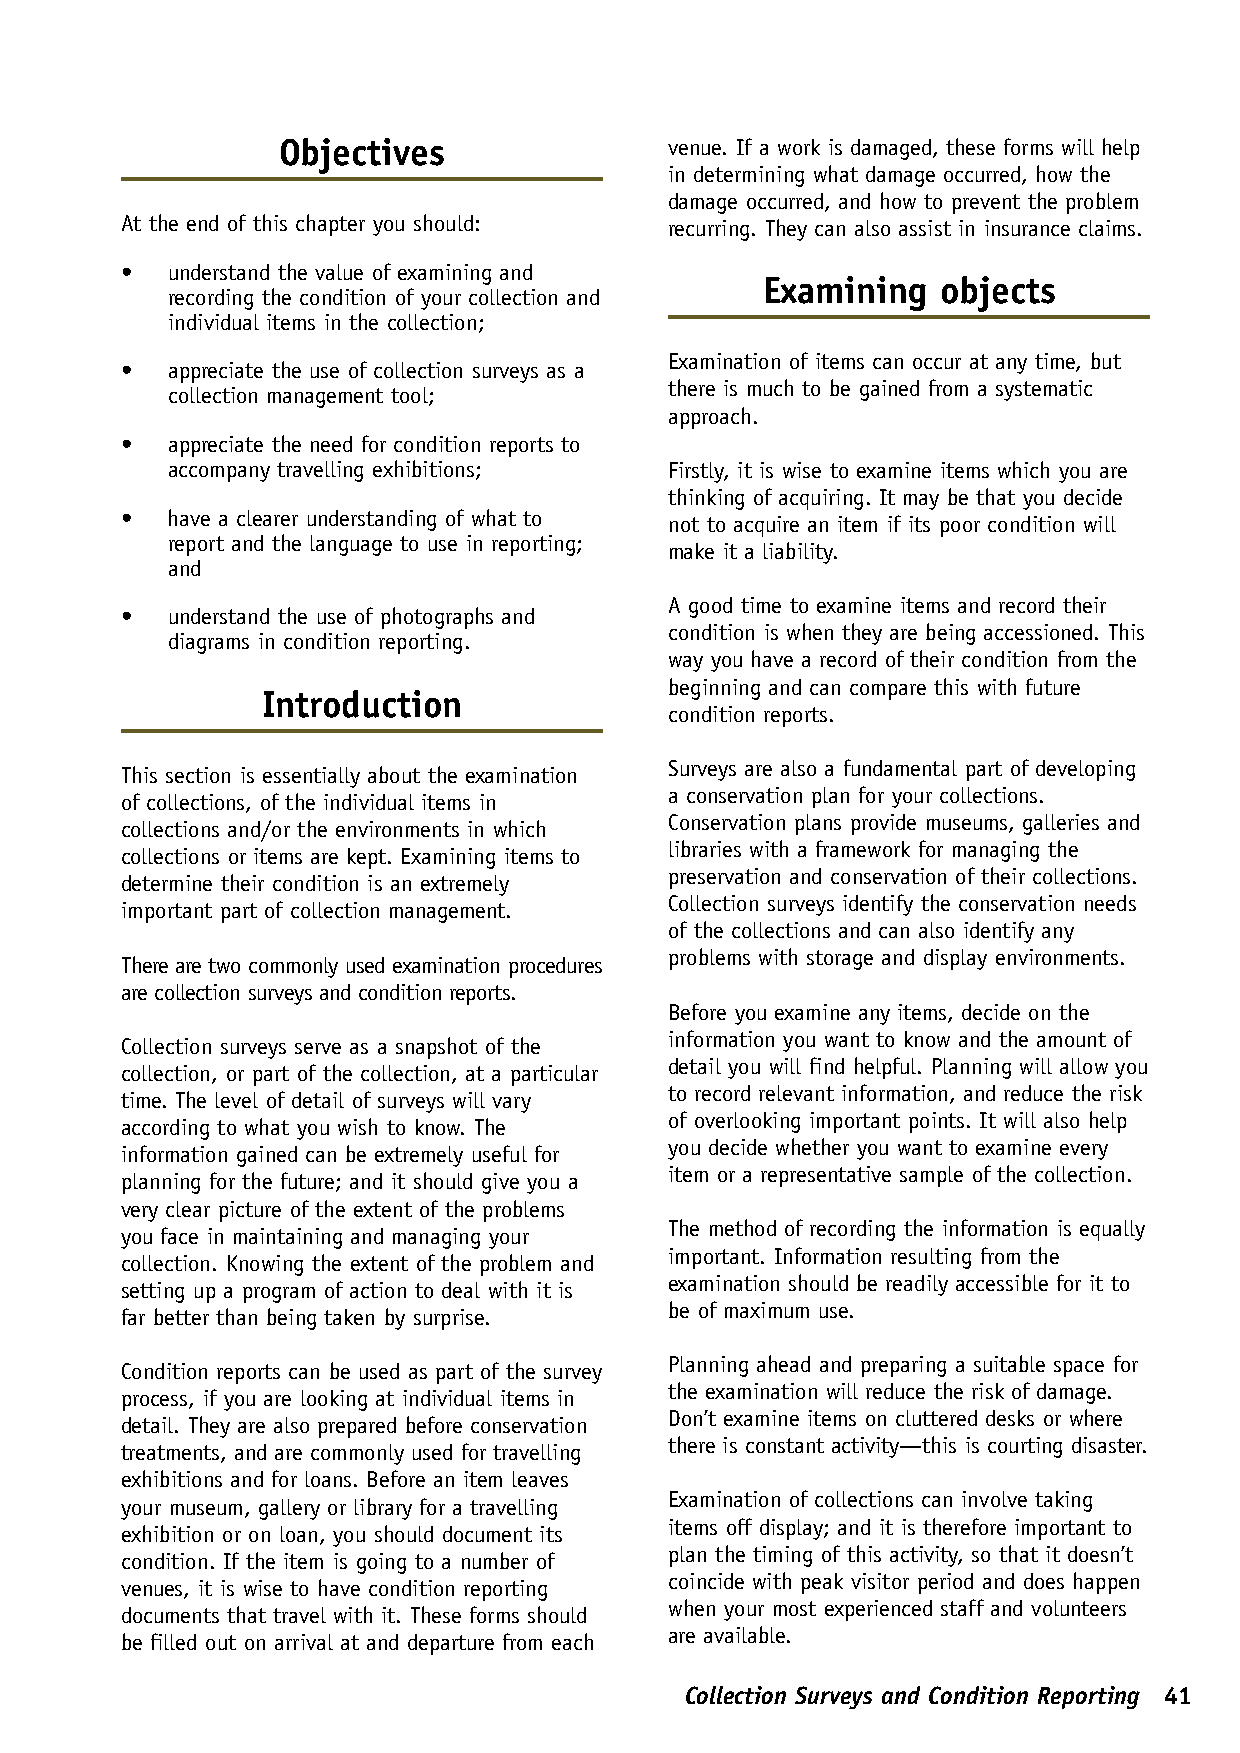
Objectives                venue. If a work is damaged, these forms will help
 in determining what damage occurred, how the
 damage occurred, and how to prevent the problem
 At the end of this chapter you should: recurring. They can also assist in insurance claims.
 •  understand the value of examining and
 Examining   objects
 recording the condition of your collection and
 individual items in the collection;
 Examination of items can occur at any time, but
 •  appreciate the use of collection surveys as a
 there is much to be gained from a systematic
 collection management tool;
 approach.
 •  appreciate the need for condition reports to
 accompany travelling exhibitions; Firstly, it is wise to examine items which you are
 thinking of acquiring. It may be that you decide
 •  have a clearer understanding of what to not to acquire an item if its poor condition will
 report and the language to use in reporting;
 make it a liability.
 and
 A good time to examine items and record their
 •  understand the use of photographs and
 condition is when they are being accessioned. This
 diagrams in condition reporting.
 way you have a record of their condition from the
 beginning and can compare this with future
 Introduction
 condition reports.
 Surveys are also a fundamental part of developing
 This section is essentially about the examination
 a conservation plan for your collections.
 of collections, of the individual items in
 Conservation plans provide museums, galleries and
 collections and/or the environments in which
 libraries with a framework for managing the
 collections or items are kept. Examining items to
 preservation and conservation of their collections.
 determine their condition is an extremely
 Collection surveys identify the conservation needs
 important part of collection management.
 of the collections and can also identify any
 problems with storage and display environments.
 There are two commonly used examination procedures
 are collection surveys and condition reports.
 Before you examine any items, decide on the
 information you want to know and the amount of
 Collection surveys serve as a snapshot of the
 detail you will find helpful. Planning will allow you
 collection, or part of the collection, at a particular
 to record relevant information, and reduce the risk
 time. The level of detail of surveys will vary
 of overlooking important points. It will also help
 according to what you wish to know. The
 you decide whether you want to examine every
 information gained can be extremely useful for
 item or a representative sample of the collection.
 planning for the future; and it should give you a
 very clear picture of the extent of the problems
 The method of recording the information is equally
 you face in maintaining and managing your
 important. Information resulting from the
 collection. Knowing the extent of the problem and
 examination should be readily accessible for it to
 setting up a program of action to deal with it is
 be of maximum use.
 far better than being taken by surprise.
 Planning ahead and preparing a suitable space for
 Condition reports can be used as part of the survey
 the examination will reduce the risk of damage.
 process, if you are looking at individual items in
 Don’t examine items on cluttered desks or where
 detail. They are also prepared before conservation
 there is constant activity—this is courting disaster.
 treatments, and are commonly used for travelling
 exhibitions and for loans. Before an item leaves
 Examination of collections can involve taking
 your museum, gallery or library for a travelling
 items off display; and it is therefore important to
 exhibition or on loan, you should document its
 plan the timing of this activity, so that it doesn’t
 condition. If the item is going to a number of
 coincide with peak visitor period and does happen
 venues, it is wise to have condition reporting
 when your most experienced staff and volunteers
 documents that travel with it. These forms should
 are available.
 be filled out on arrival at and departure from each
 Collection Surveys and Condition Reporting 41